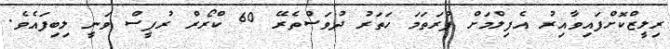
ރިލީޒްކޮށްފައިވާއިރު އެފިލްމަށް ފުރަތަމަ ހަތަރު ދުވަސްތެރޭ 60 ކްރޯރް ރުޕީސް ވަނީ ލިބިފައެވެ.